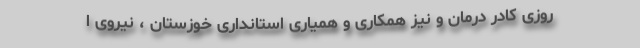
روزی کادر درمان و نیز همکاری و همیاری استانداری خوزستان ، نیروی ا